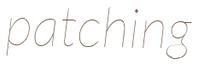
patching